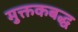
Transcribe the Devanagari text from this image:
मुक्तकबद्ध